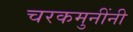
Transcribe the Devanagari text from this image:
चरकमुनींनी